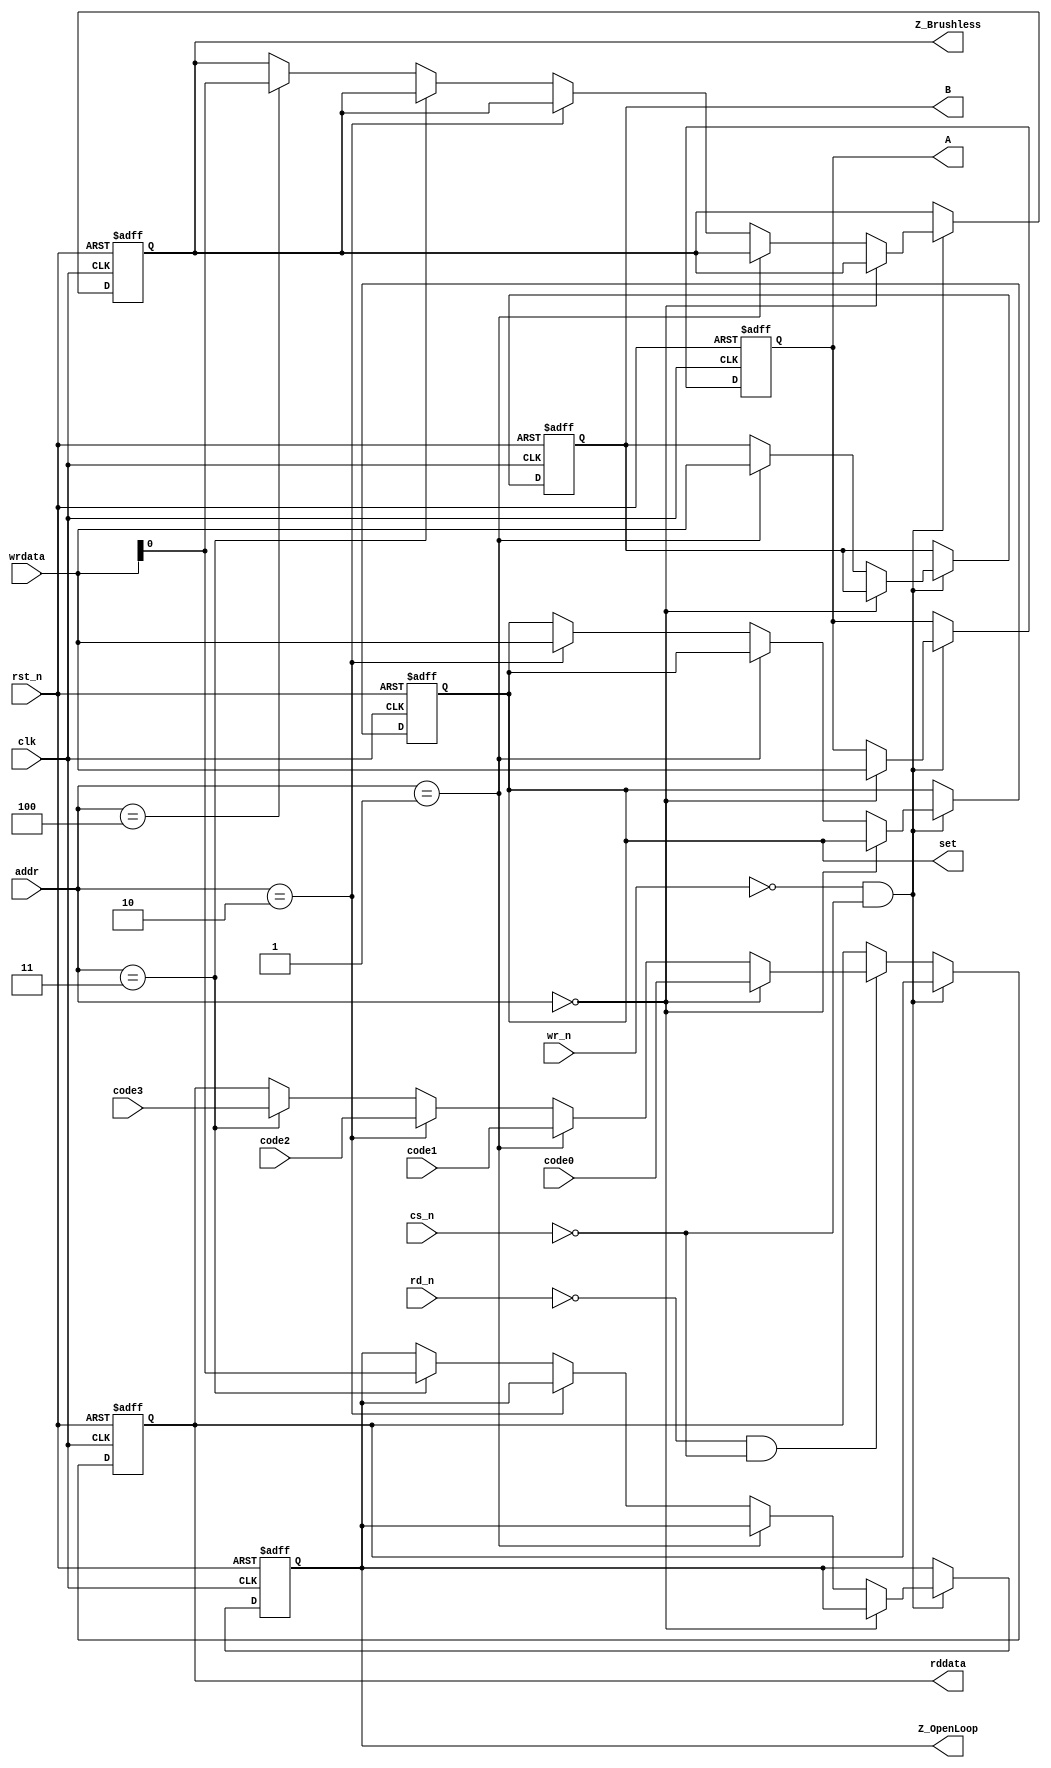
module avaloncontrol(clk,rst_n,rd_n,wr_n,cs_n,rddata,wrdata,addr,code0,code1,code2,code3,set,A,B,Z_OpenLoop,Z_Brushless);
input clk,rst_n,rd_n,wr_n,cs_n;
input [31:0]code0,code1,code2,code3,wrdata;
input [2:0]addr;
output [31:0]A,B,rddata,set;
output Z_OpenLoop,Z_Brushless;
reg [31:0]A,B,rddata,set;
reg Z_OpenLoop,Z_Brushless;
always @(posedge clk or negedge rst_n)
begin
if(!rst_n)
	begin
	A<=32'd170;
	B<=32'd100;
	rddata<=32'd0;
	set<=32'd0;
	Z_OpenLoop<=1'b0;
	Z_Brushless<=1'b1;
	end
else
	begin
	if(!wr_n&&!cs_n)
		begin
		if(addr==3'b000)
			begin
			A<=wrdata;
			end
		else if(addr==3'b001)
			begin
			B<=wrdata;
			end
		else if(addr==3'b010)
			begin
			set<=wrdata;
			end
		else if(addr==3'b011)
			begin
			Z_OpenLoop<=wrdata[0];
			end		
		else if(addr==3'b100)
			begin
			Z_Brushless<=wrdata[0];
			end				
		else
			begin
			A<=A;
			B<=B;
			set<=set;
			Z_OpenLoop<=Z_OpenLoop;
			Z_Brushless<=Z_Brushless;
			end
		end
	else if(!rd_n&&!cs_n)
		begin
		if(addr==3'b000)
			begin
			rddata<=code0;
			end
		else if(addr==3'b001)
			begin
			rddata<=code1;
			end
		else if(addr==3'b010)
			begin
			rddata<=code2;
			end			
		else if(addr==3'b011)
			begin
			rddata<=code3;
			end							
		else
			begin
			rddata<=rddata;
			end
		end
	else
		begin
		A<=A;
		B<=B;
		set<=set;
		end
	end
end
endmodule